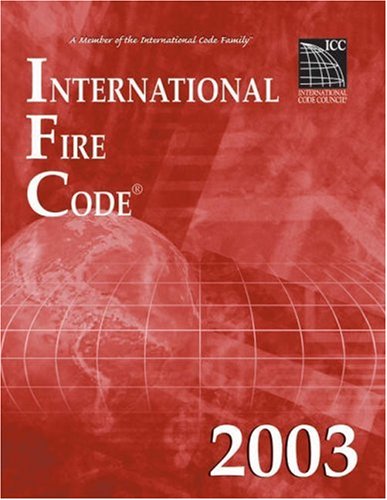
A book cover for International Fire Code 2003 (International Code Council Series); International Code Council; Law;